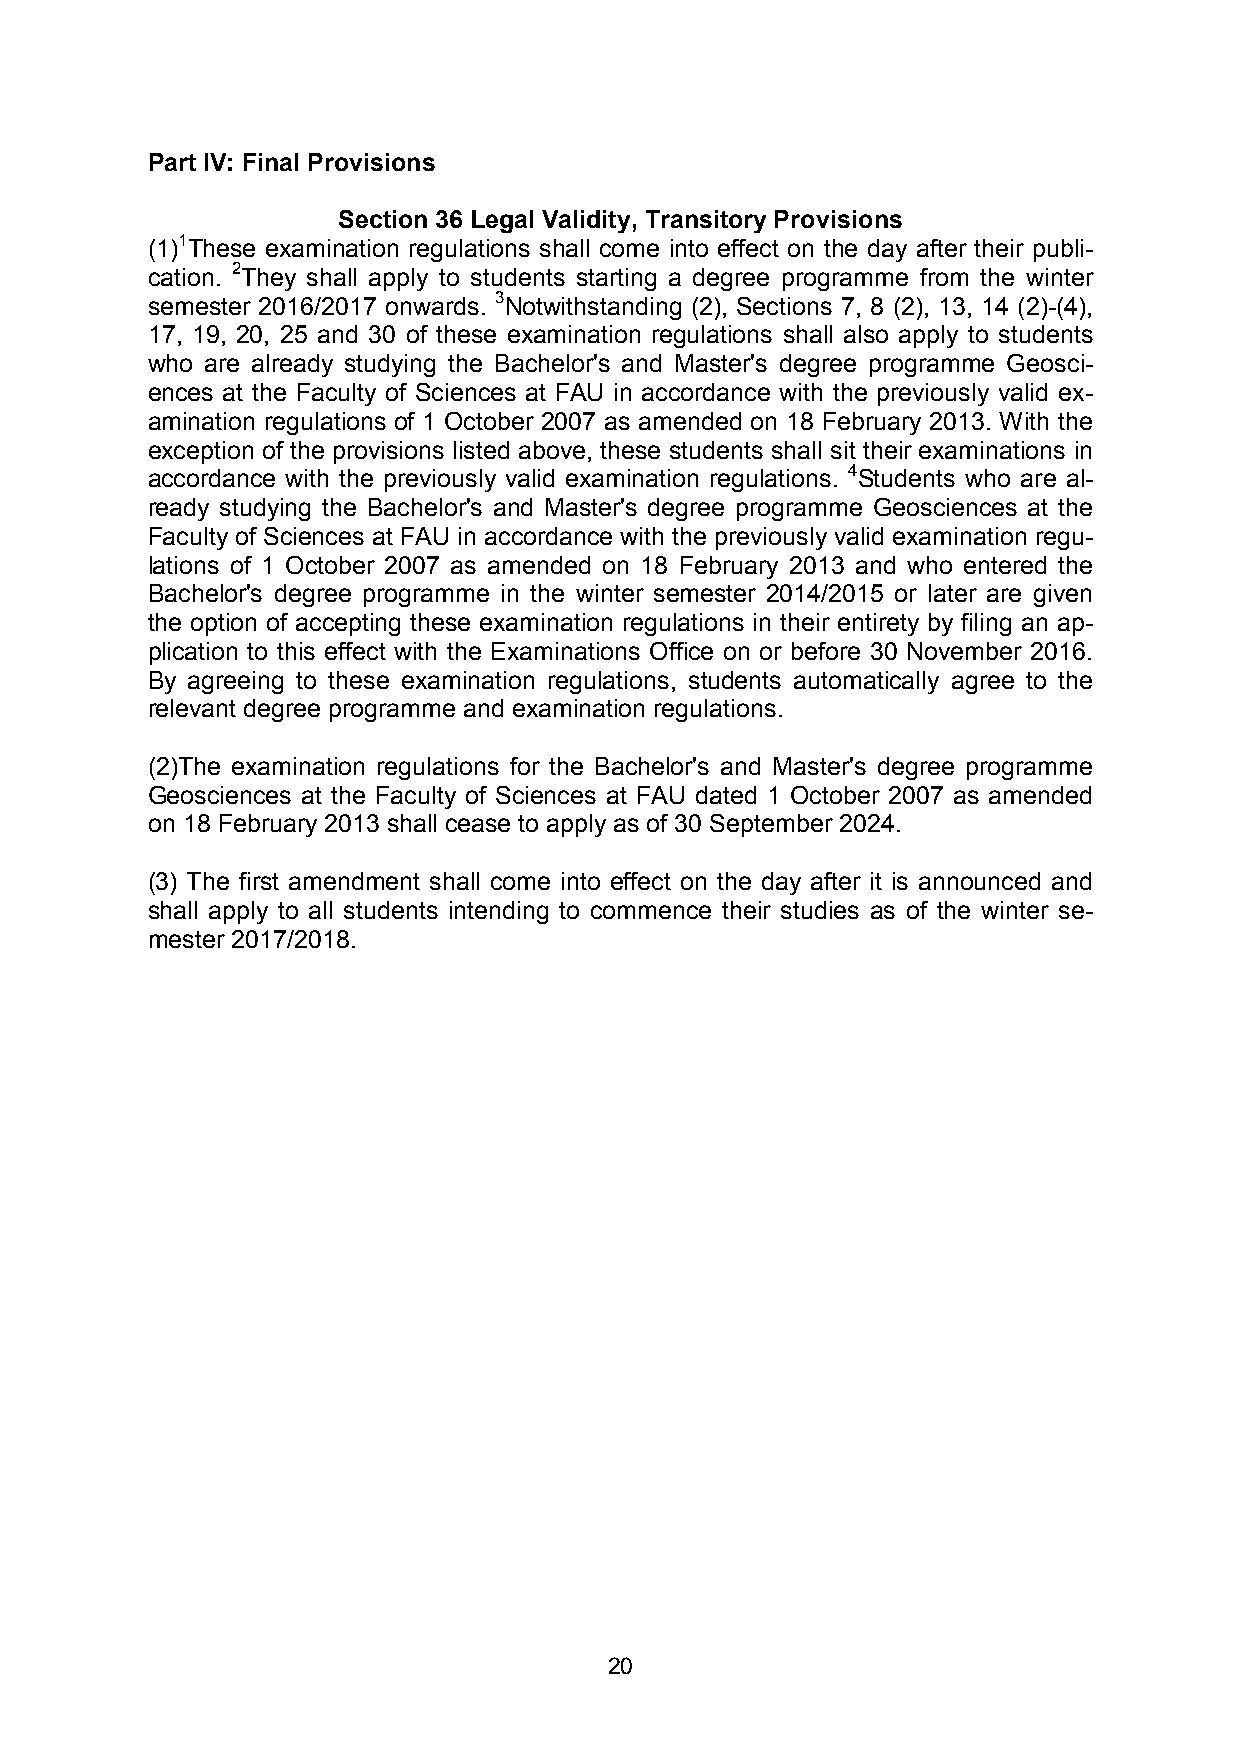
Part IV: Final Provisions
 Section 36 Legal Validity, Transitory Provisions
 (1)1These examination regulations shall come into effect on the day after their publi-
 cation. 2They shall apply to students starting a degree programme from the winter
 semester 2016/2017 onwards. 3Notwithstanding (2), Sections 7, 8 (2), 13, 14 (2)-(4),
 17, 19, 20, 25 and 30 of these examination regulations shall also apply to students
 who are already studying the Bachelor's and Master's degree programme Geosci-
 ences at the Faculty of Sciences at FAU in accordance with the previously valid ex-
 amination regulations of 1 October 2007 as amended on 18 February 2013. With the
 exception of the provisions listed above, these students shall sit their examinations in
 accordance with the previously valid examination regulations. 4Students who are al-
 ready studying the Bachelor's and Master's degree programme Geosciences at the
 Faculty of Sciences at FAU in accordance with the previously valid examination regu-
 lations of 1 October 2007 as amended on 18 February 2013 and who entered the
 Bachelor's degree programme in the winter semester 2014/2015 or later are given
 the option of accepting these examination regulations in their entirety by filing an ap-
 plication to this effect with the Examinations Office on or before 30 November 2016.
 By agreeing to these examination regulations, students automatically agree to the
 relevant degree programme and examination regulations.
 (2)The examination regulations for the Bachelor's and Master's degree programme
 Geosciences at the Faculty of Sciences at FAU dated 1 October 2007 as amended
 on 18 February 2013 shall cease to apply as of 30 September 2024.
 (3) The first amendment shall come into effect on the day after it is announced and
 shall apply to all students intending to commence their studies as of the winter se-
 mester 2017/2018.
 20